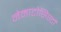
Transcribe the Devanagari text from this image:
नेमाटोसिस्टों